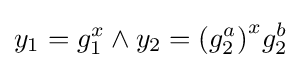
y_{1}=g_{1}^{x}\land y_{2}={(g_{2}^{a})}^{x}g_{2}^{b}